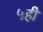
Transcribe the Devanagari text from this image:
५ही